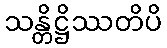
သန္တိဋ္ဌိဿတိပိ